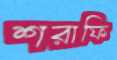
শরাফি